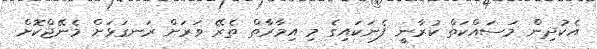
އެކުދިން މަސައްކަތް ކުރާނީ ފެނަކައިގެ މި އިމާރާތް ތެރޭ ވަރަށް ރަނގަޅަށް މެނޭޖްކޮށް